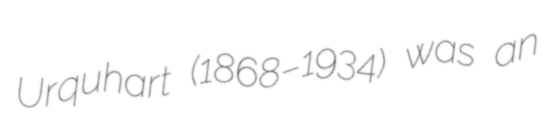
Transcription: Urquhart (1868–1934) was an